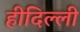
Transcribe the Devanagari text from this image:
हीदिल्ली